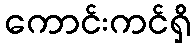
ကောင်းကင်ရှိ